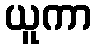
ယူကာ